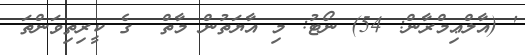
' (އާލްޢިމްރާން: 54) ނޯޓު: މި އާޔަތުން މާތް  ގެ ކީރިތިވަންތަ